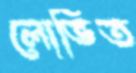
লোভিত